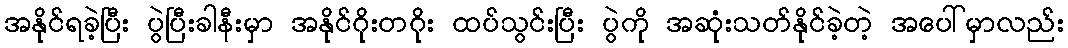
အနိုင်ရခဲ့ပြီး ပွဲပြီးခါနီးမှာ အနိုင်ဂိုးတဂိုး ထပ်သွင်းပြီး ပွဲကို အဆုံးသတ်နိုင်ခဲ့တဲ့ အပေါ်မှာလည်း